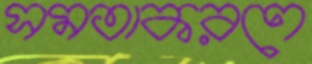
সমতাকরণে